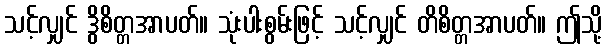
သင့်လျှင် ဒွိစိတ္တအာပတ်။ သုံးပါးစွမ်းဖြင့် သင့်လျှင် တိစိတ္တအာပတ်။ ဤသို့